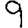
Digit: 9